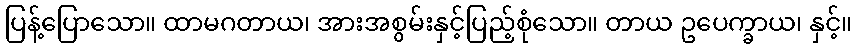
ပြန့်ပြောသော။ ထာမဂတာယ၊ အားအစွမ်းနှင့်ပြည့်စုံသော။ တာယ ဥပေက္ခာယ၊ နှင့်။